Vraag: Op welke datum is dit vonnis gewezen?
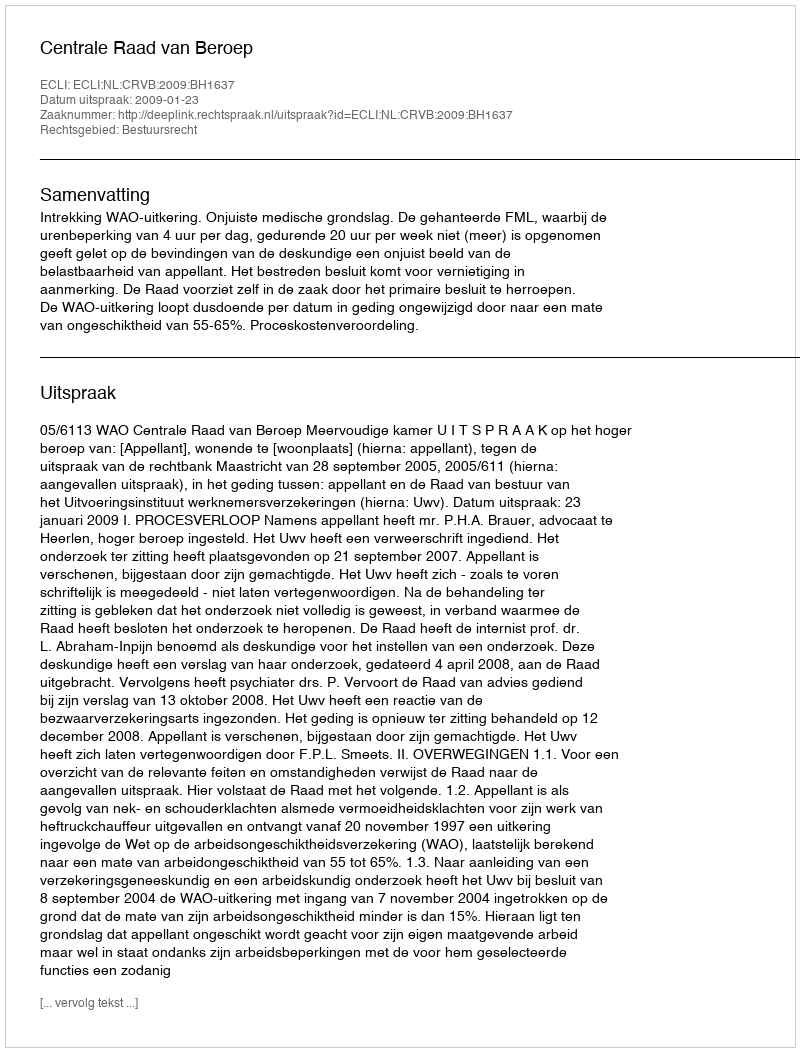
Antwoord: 2009-01-23